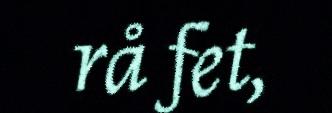
rå fet,